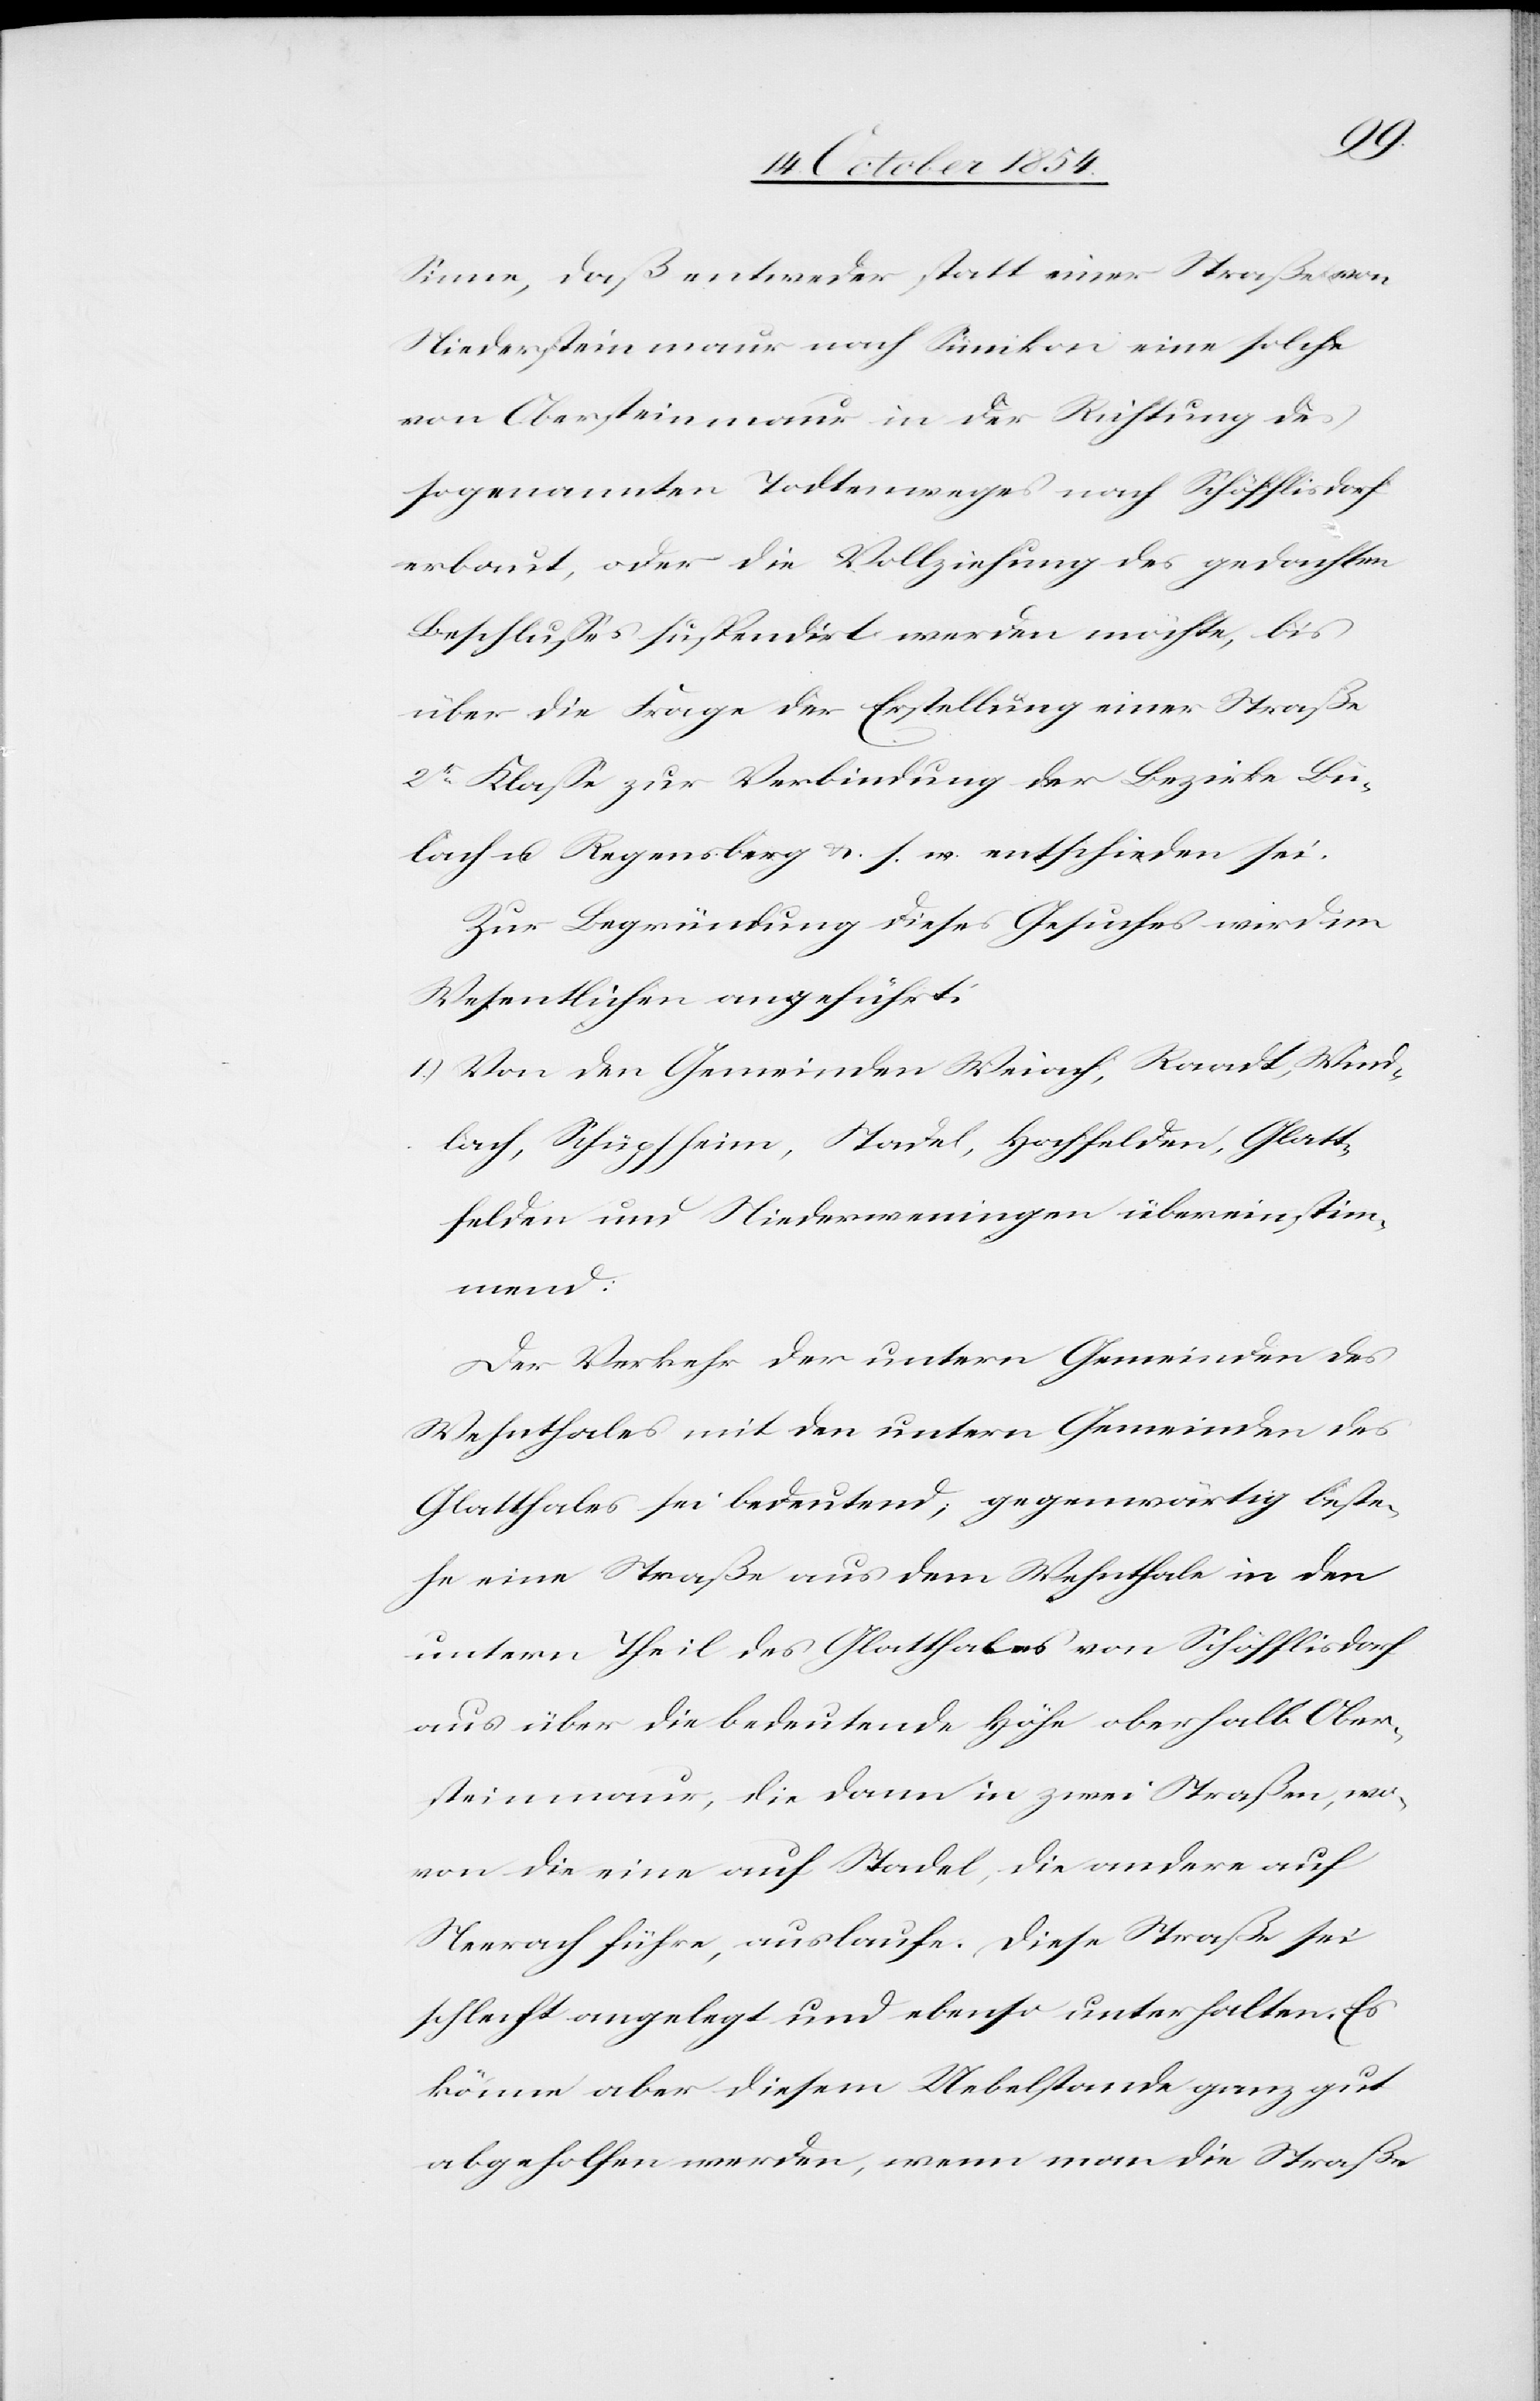
Sinne, daß entweder statt einer Straße von
Niedersteinmaur nach Sünikon eine solche
von Obersteinmaur in der Richtung des
sogenannten Todtenweges nach Schöfflisdorf
erbaut, oder die Vollziehung des gedachten
Beschlußes suspendirt werden möchte, bis
über die Frage der Erstellung einer Straße
2r Klaße zur Verbindung der Bezirke Bü¬
lach u. Regensberg u. s. w. entscheiden sei.
Zur Begründung dieses Gesuches wird im
Wesentlichen angeführt:
1.) Von den Gemeinden Weiach, Raadt, Wind¬
lach, Schüpfheim, Stadel, Hochfelden, Glatt¬
felden und Niederweningen übereinstim¬
mend:
Der Verkehr der untern Gemeinden des
Wehnthales mit den unter Gemeinden des
Glatthales sei bedeutend; gegenwärtig beste¬
he eine Straße aus dem Wehnthale in den
untern Theil des Glatthales von Schöfflisdorf
aus über die bedeutende Höhe oberhalb Ober¬
steinmaur, die dann in zwei Straßen, wo¬
von die eine auf Stadel, die andere auf
Neerach führe, auslaufe. Diese Straße sei
schlecht angelegt und ebenso unterhalten. Es
könne aber diesem Uebelstande gut
abgeholfen werden, wenn man die Straße